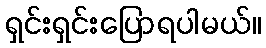
ရှင်းရှင်းပြောရပါမယ်။